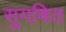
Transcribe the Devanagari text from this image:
सुगमित